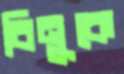
বিনুকে